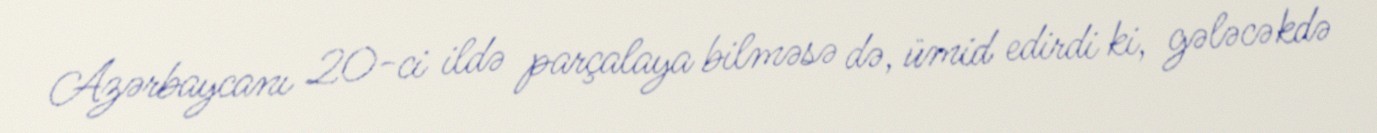
Azərbaycanı 20-ci ildə parçalaya bilməsə də, ümid edirdi ki, gələcəkdə